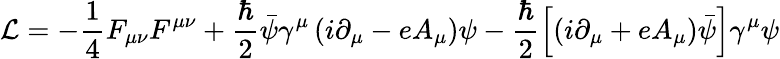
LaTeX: {\cal L}=-\frac{1}{4}F_{\mu\nu}F^{\mu\nu}+\frac{\hbar}{2}\bar{\psi}\gamma^{\mu}\left(i\partial_{\mu}-eA_{\mu}\right)\psi-\frac{\hbar}{2}\left[\left(i\partial_{\mu}+eA_{\mu}\right)\bar{\psi}\right]\gamma^{\mu}\psi